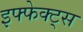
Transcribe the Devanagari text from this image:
इफ्फेक्ट्स